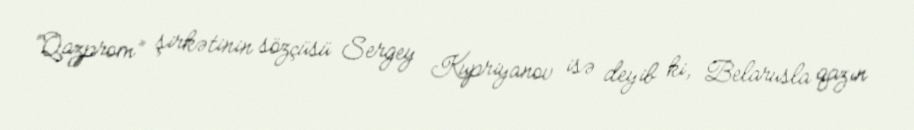
“Qazprom” şirkətinin sözçüsü Sergey Kupriyanov isə deyib ki, Belarusla qazın